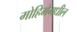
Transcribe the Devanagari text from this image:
मोहिमेमधील